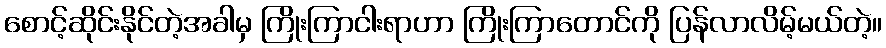
စောင့်ဆိုင်းနိုင်တဲ့အခါမှ ကြိုးကြာငါးရာဟာ ကြိုးကြာတောင်ကို ပြန်လာလိမ့်မယ်တဲ့။